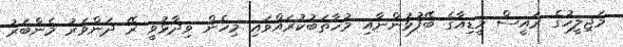
މަޖިލީހުގެ ރައީސް މީޑިއާގެ ބޭފުޅުންނާއި މުހާތަބުކުރައްވައި މިހެން ވިދާޅުވީ ރޭ ދަންވަރު މެންބަރު